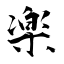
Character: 楽